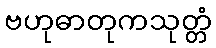
ဗဟုဓာတုကသုတ္တံ